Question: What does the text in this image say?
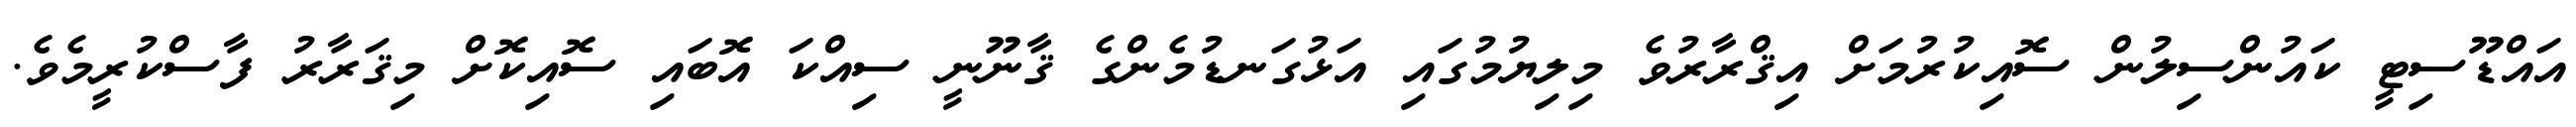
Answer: އައްޑޫސިޓީ ކައުންސިލުން ސޮއިކުރުމަށް އިޤްރާރުވެ މިލިޔުމުގައި އަޅުގަނޑުމެންގެ ޤާނޫނީ ސިއްކަ އޮބައި ސޮއިކޮށް މިޤަރާރު ފާސްކުރީމެވެ.